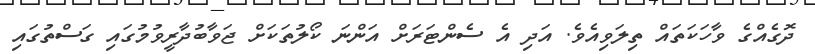
ދޮގެއްގެ ވާހަކަތައް ތިލަވިއެވެ. އަދި އެ ސެންޓަރަށް އަންނަ ކޯލުތަކަށް ޖަވާބުދާރީވުމުގައި ގަސްތުގައި